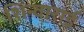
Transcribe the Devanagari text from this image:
शिन्वाराई